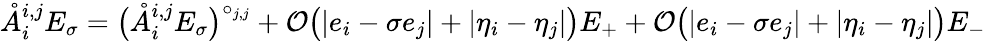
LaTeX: \mathring{A}_{i}^{{i,j}}E_{\sigma}=\big(\mathring{A}_{i}^{{i,j}}E_{\sigma}\big)^{\circ_{j,j}}+\mathcal{O}\big(|e_{i}-\sigma e_{j}|+|\eta_{i}-\eta_{j}|\big)E_{+}+\mathcal{O}\big(|e_{i}-\sigma e_{j}|+|\eta_{i}-\eta_{j}|\big)E_{-}